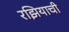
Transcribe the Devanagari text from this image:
रझियाची